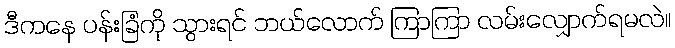
ဒီကနေ ပန်းခြံကို သွားရင် ဘယ်လောက် ကြာကြာ လမ်းလျှောက်ရမလဲ။